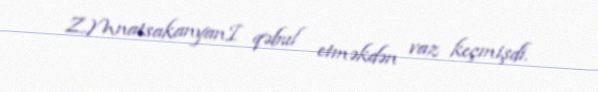
Z.MnatsakanyanI qəbul etməkdən vaz keçmişdi.